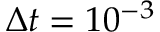
\Delta t = 1 0 ^ { - 3 }